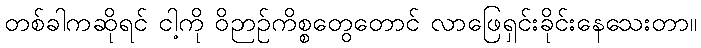
တစ်ခါကဆိုရင် ငါ့ကို ဝိဉာဉ်ကိစ္စတွေတောင် လာဖြေရှင်းခိုင်းနေသေးတာ။